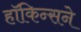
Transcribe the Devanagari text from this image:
हॉकिन्सने